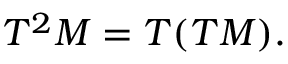
T ^ { 2 } M = T ( T M ) .